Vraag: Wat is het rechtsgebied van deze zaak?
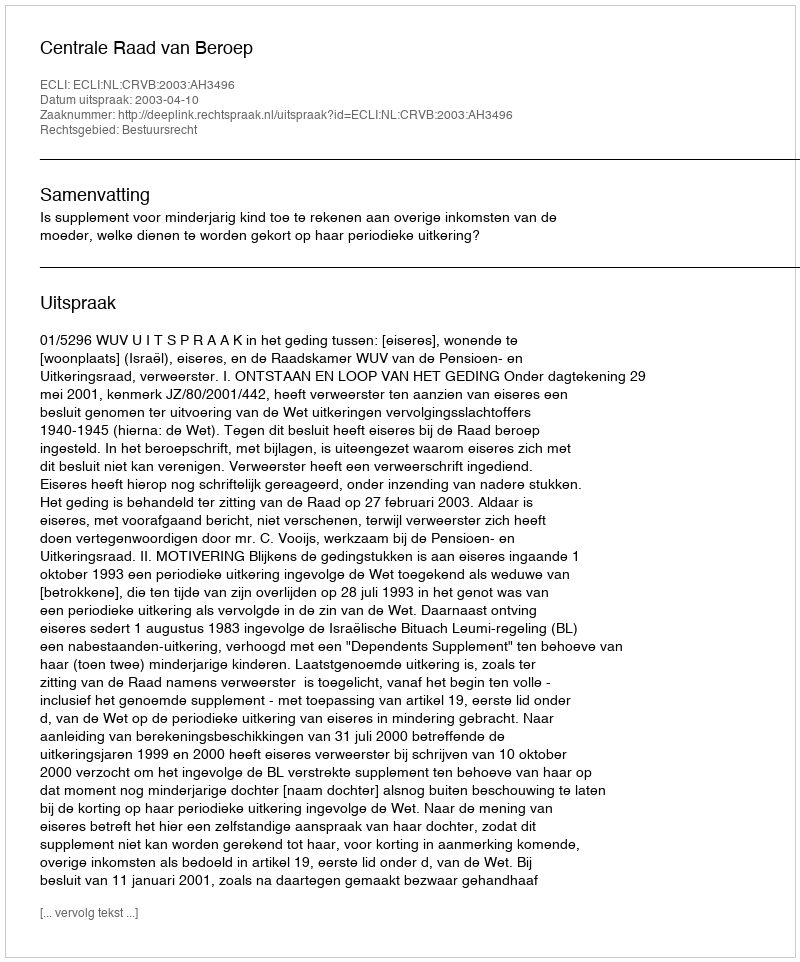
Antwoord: Bestuursrecht